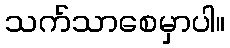
သက်သာစေမှာပါ။